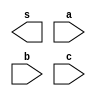
// ------------------------- 
// Exercicio04 - AND  
// Nome: Jorge Luis dos Santos Leal 
// ------------------------- 
// ------------------------- 
// -- and com 3 entradas
// ------------------------- 
module and01 ( output s, input a, input b, input c); 
 
endmodule // and 
// --------------------- 
// -- test and01 
// --------------------- 
module testand01; 
// ------------------------- dados locais 

reg a,b,c; // definir registradores 
wire s; // definir conexao (fio)
 
// ------------------------- instancia 
not NOT01(s1,a);
not NOT02(s2,b);
not NOT03(s3,c);
or OR01(s,s1,s2,s3);

initial begin:start
a=0; b=0; c=0; 
end

initial begin:main

$display("Exercicio04 - Jorge Luis dos Santos Leal - 417466"); 
$display("Test AND com 3 entradas"); 
$display("\na & b & c = s\n"); 
$monitor("%b ^ %b & %b = %b", a, b, c, s);

#1 a=0 ; b=0 ; c=1;
#1 a=0 ; b=1 ; c=0;
#1 a=0 ; b=1 ; c=1;
#1 a=1 ; b=0 ; c=0;
#1 a=1 ; b=0 ; c=1;
#1 a=1 ; b=1 ; c=0;
#1 a=1 ; b=1 ; c=1;
end 
endmodule // testand01